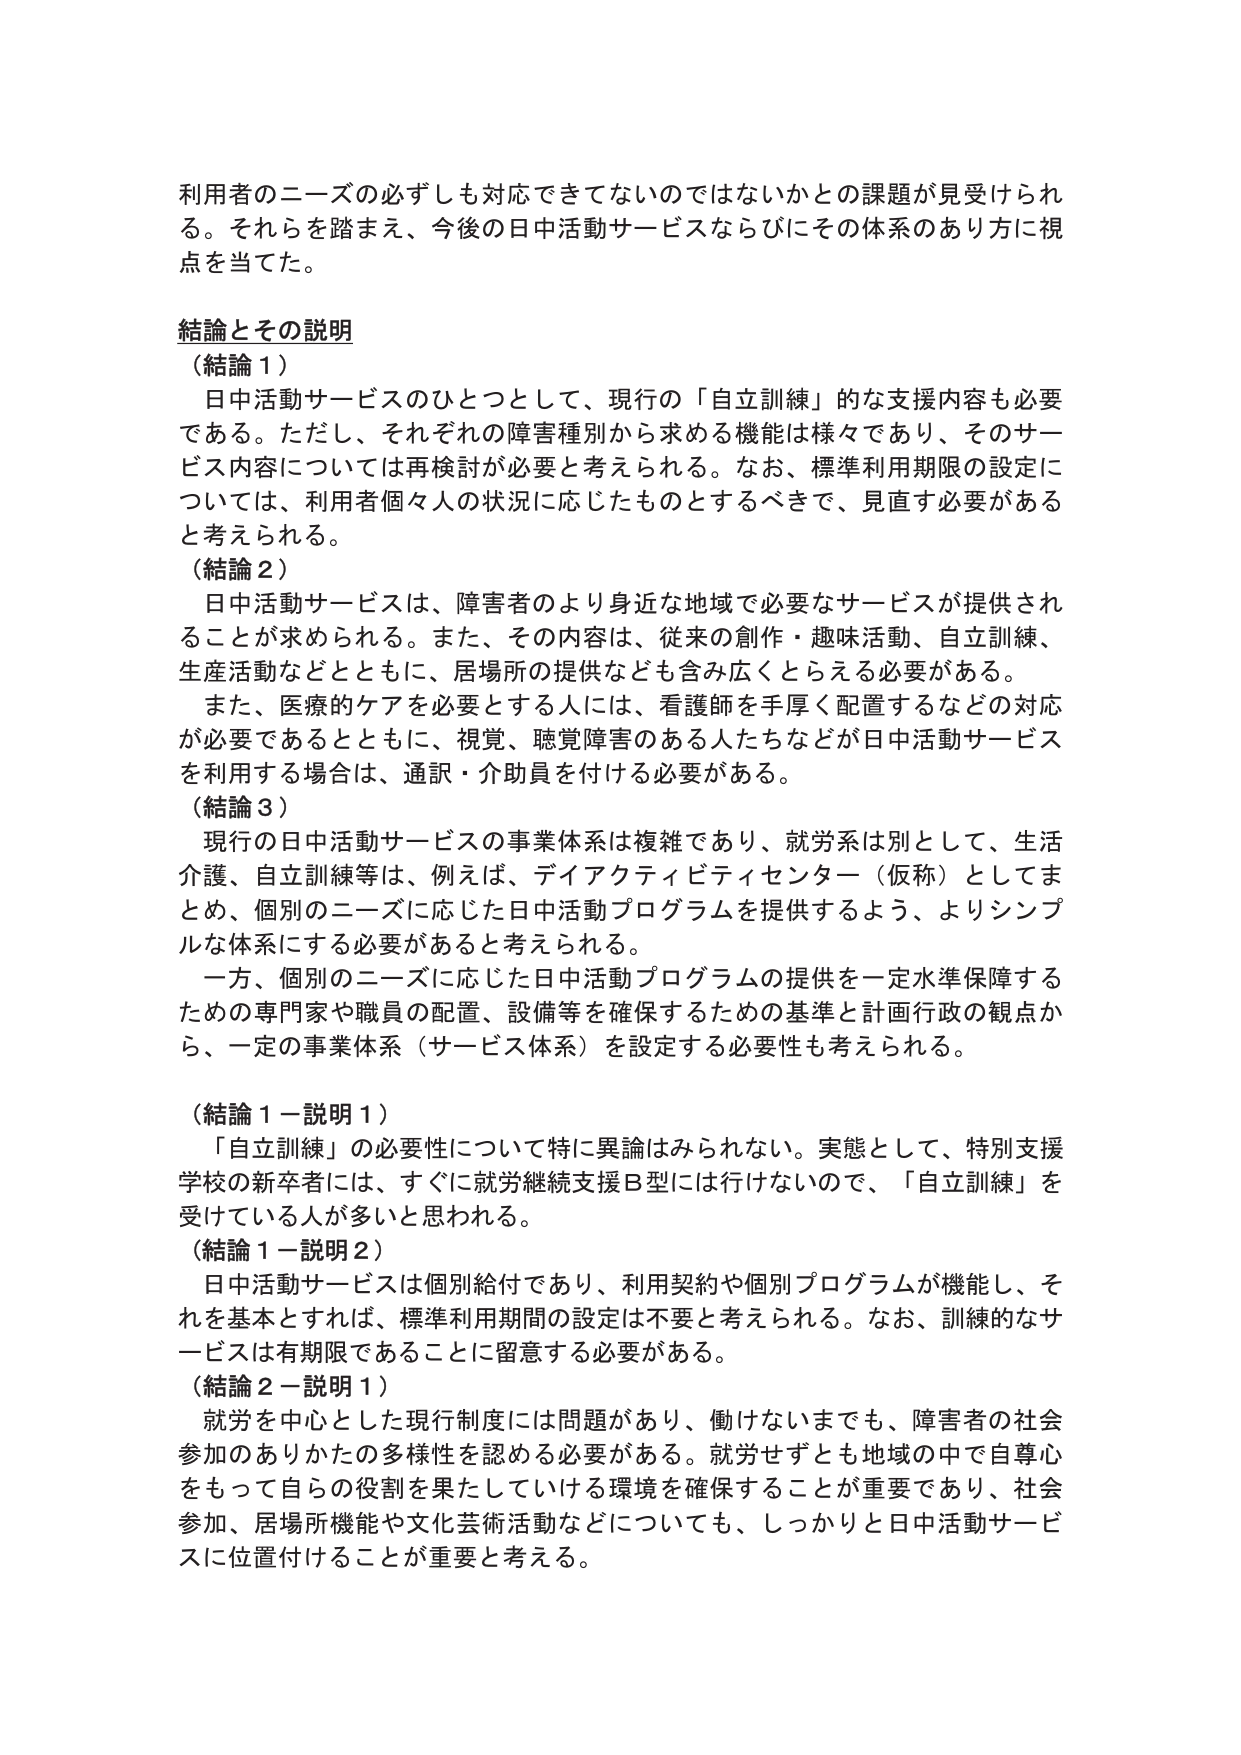
利用者のニーズの必ずしも対応できてないのではないかとの課題が見受けられる。それを踏まえ、今後の日中活動サービスならびにその体系のあり方に視点を当てた。

結論とその説明
（結論１）
　日中活動サービスのひとつとして、現行の「自立訓練」的な支援内容も必要である。ただし、それぞれの障害種別から求める機能は様々であり、そのサービス内容については再検討が必要と考えられる。なお、標準利用期限の設定については、利用者個々人の状況に応じたものとするべきで、見直す必要があると考えられる。
（結論２）
　日中活動サービスは、障害者のより身近な地域で必要なサービスが提供されることが求められる。また、その内容は、従来の創作・趣味活動、自立訓練、生産活動などとともに、居場所の提供なども含み広くとらえる必要がある。
　また、医療的ケアを必要とする人には、看護師を手厚く配置するなどの対応が必要であるとともに、視覚、聴覚障害のある人たちなどが日中活動サービスを利用する場合は、通訳・介助員を付ける必要がある。
（結論３）
　現行の日中活動サービスの事業体系は複雑であり、就労系は別として、生活介護、自立訓練等は、例えば、デイアクティビティセンター（仮称）としてまとめ、個別のニーズに応じた日中活動プログラムを提供するよう、よりシンプルな体系にする必要があると考えられる。
　一方、個別のニーズに応じた日中活動プログラムの提供を一定水準保障するための専門家や職員の配置、設備等を確保するための基準と計画行政の観点から、一定の事業体系（サービス体系）を設定する必要性も考えられる。

（結論１－説明１）
　「自立訓練」の必要性について特に異論はみられない。実態として、特別支援学校の新卒者には、すぐに就労継続支援Ｂ型には行けないので、「自立訓練」を受けている人が多いと思われる。
（結論１－説明２）
　日中活動サービスは個別給付であり、利用契約や個別プログラムが機能し、それを基本とすれば、標準利用期間の設定は不要と考えられる。なお、訓練的なサービスは有期限であることに留意する必要がある。
（結論２－説明１）
　就労を中心とした現行制度には問題があり、働けないいまでも、障害者の社会参加のありかたの多様性を認める必要がある。就労せずとも地域の中で自尊心をもって自らの役割を果たしていける環境を確保することが重要であり、社会参加、居場所機能や文化芸術活動などについても、しっかりと日中活動サービスに位置付けることが重要と考える。